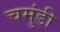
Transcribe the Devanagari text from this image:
चमुंडी